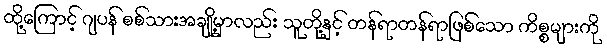
ထို့ကြောင့် ဂျပန် စစ်သားအချို့မှာလည်း သူတို့နှင့် တန်ရာတန်ရာဖြစ်သော ကိစ္စများကို